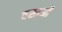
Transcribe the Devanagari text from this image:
वस्तओं